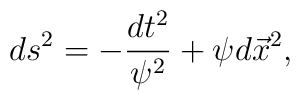
ds^2 = - \frac{dt^2}{\psi^2} + \psi d\vec{x}^2,